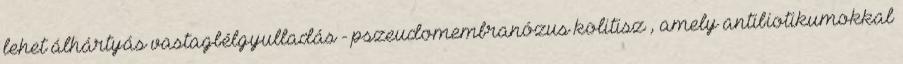
lehet álhártyás vastagbélgyulladás - pszeudomembranózus kolitisz , amely antibiotikumokkal